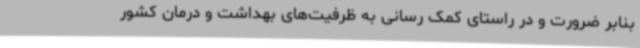
بنابر ضرورت و در راستای کمک رسانی به ظرفیت‌های بهداشت و درمان کشور